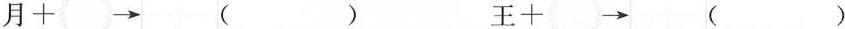
月+\rightarrow （ ） 王+\rightarrow （ ）